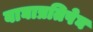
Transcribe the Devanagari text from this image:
बाघाप्रतिषेघ